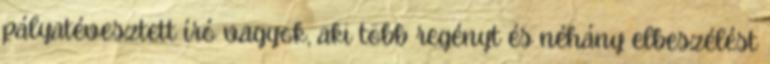
pályatévesztett író vagyok, aki több regényt és néhány elbeszélést